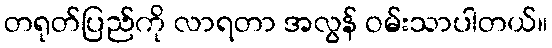
တရုတ်ပြည်ကို လာရတာ အလွန် ဝမ်းသာပါတယ်။